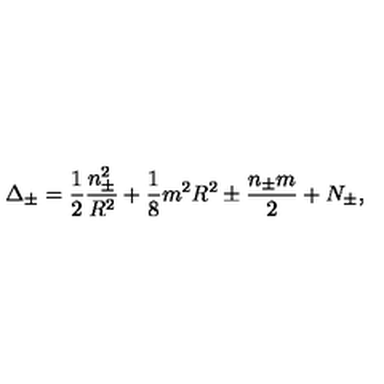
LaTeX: \Delta _ { \pm } = \displaystyle \frac { 1 } { 2 } \displaystyle \frac { n _ { \pm } ^ { 2 } } { R ^ { 2 } } + \displaystyle \frac { 1 } { 8 } m ^ { 2 } R ^ { 2 } \pm \displaystyle \frac { n _ { \pm } m } { 2 } + N _ { \pm } ,